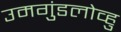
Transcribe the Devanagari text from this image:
उमगुंडलोव्हु